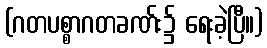
(ဂတပစ္စာဂတခဏ်း၌ ရေးခဲ့ပြီ။)